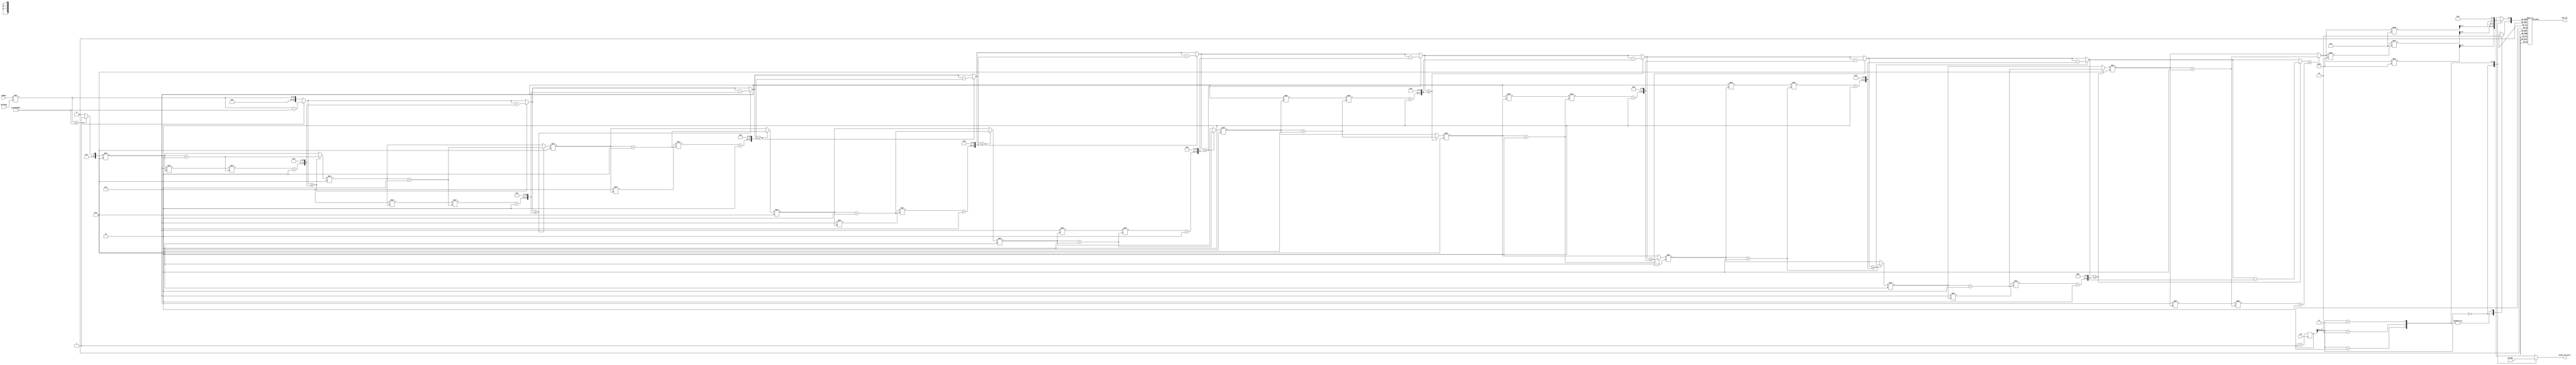
module cube_root(
   input clk,								   // Clock signal 50Mhz
	input [7:0] number,						// Input value
   output reg [3:0] Anode_Activate,		// Setter for activating segments
   output reg [7:0] LED_out				// Value on the segment
);

reg [4:0] result1;						// First segments's value
reg [4:0] result2;						// Second segments's value
reg [4:0] result3;						// Third segments's value
reg [4:0] LED_BCD; 						// Current segments's value (not used)
reg [19:0] refresh_counter;			// Segmens update counter
wire [1:0] LED_activating_counter;  // Segment activation counter

// Calculating cubic root of number
always@(*) begin : block_0
	reg [31:0] x;
	integer s;
   integer y;
   integer b;
   integer i;
	x = number;
	x = x * 1_000_000;
    y = 0;
    for (s=30;s>=0;s=s-3)
		begin : block_calc
          y=y*2;
          b = (3*y*(y+1)+1) << s;
          if (x>=b)
			 begin : block_1
              x = x-b;
              y=y+1;
          end
      end
    result1 = y / 100;
	 result2 = (y % 100)/10;
	 result3 = y % 10;
end


// Changing refresh_counter to update segments
always @(posedge clk)
    begin 
        refresh_counter <= refresh_counter + 1;
    end 

// Setting LED_activating_counter as 2 last bits of refresh_counter
// in order to update segments each 5.2 ms
assign LED_activating_counter = refresh_counter[19:18];

// Setting one segment activated accorfing to LED_activating_counter
always @(*)
    begin
        case(LED_activating_counter)
        2'b00: begin
            Anode_Activate = 4'b0111;
				LED_BCD = result1;
				LED_BCD[4] = 1;		// This bit is responsible for showing dot
              end
        2'b01: begin
            Anode_Activate = 4'b1011;
				LED_BCD = result2;
				LED_BCD[4] = 0;
               end
        2'b10: begin
            Anode_Activate = 4'b1101;
            LED_BCD = result3;
				LED_BCD[4] = 0;
              end
		  2'b11:  begin
            Anode_Activate = 4'b1110; 
				LED_BCD = 5'b01011;
					end
        endcase
end

// Setting value for activated segment
always @(*)
    begin
        case(LED_BCD)
				5'b00000: LED_out = 8'b00000011; // "0"     
				5'b00001: LED_out = 8'b10011111; // "1" 
				5'b00010: LED_out = 8'b00100101; // "2" 
				5'b00011: LED_out = 8'b00001101; // "3" 
				5'b00100: LED_out = 8'b10011001; // "4" 
				5'b00101: LED_out = 8'b01001001; // "5" 
				5'b00110: LED_out = 8'b01000001; // "6" 
				5'b00111: LED_out = 8'b00011111; // "7" 
				5'b01000: LED_out = 8'b00000001; // "8"     
				5'b01001: LED_out = 8'b00001001; // "9"
		  
				5'b01011: LED_out = 8'b11111111; // " " 
		  
				5'b10000: LED_out = 8'b00000010; // "0."     
				5'b10001: LED_out = 8'b10011110; // "1." 
				5'b10010: LED_out = 8'b00100100; // "2." 
				5'b10011: LED_out = 8'b00001100; // "3." 
				5'b10100: LED_out = 8'b10011000; // "4." 
				5'b10101: LED_out = 8'b01001000; // "5." 
				5'b10110: LED_out = 8'b01000000; // "6." 
				5'b10111: LED_out = 8'b00011110; // "7." 
				5'b11000: LED_out = 8'b00000000; // "8."     
				5'b11001: LED_out = 8'b00001000; // "9."
		  
				default:  LED_out = 8'b00000000; // "8."
        endcase
end

endmodule